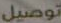
توصيل